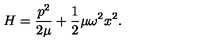
H = \frac { p ^ { 2 } } { 2 \mu } + \frac { 1 } { 2 } \mu \omega ^ { 2 } x ^ { 2 } .